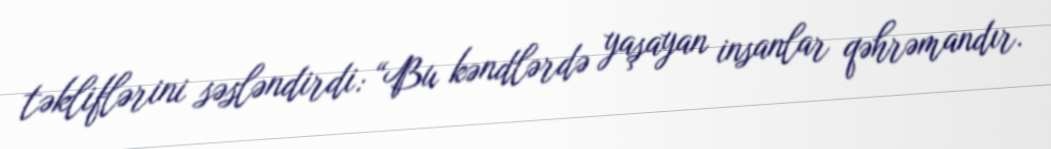
təkliflərini səsləndirdi: “Bu kəndlərdə yaşayan insanlar qəhrəmandır.